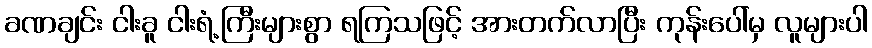
ခဏချင်း ငါးခူ ငါးရံ့ကြီးများစွာ ရကြသဖြင့် အားတက်လာပြီး ကုန်းပေါ်မှ လူများပါ